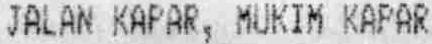
JALAN KAPAR, MUKIM KAPAR